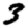
Digit: 3